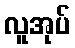
လူအုပ်